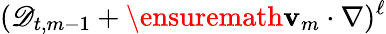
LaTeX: (\mathscr{D}_{t,m-1}+\ensuremath{\mathbf{v}}_{m}\cdot\nabla)^{\ell}